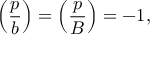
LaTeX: \left( { \frac { p } { b } } \right) = \left( { \frac { p } { B } } \right) = - 1 ,